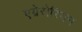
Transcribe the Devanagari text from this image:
एग्रेरोरियन